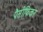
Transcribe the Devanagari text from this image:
पैसीफिकर